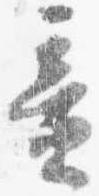
童